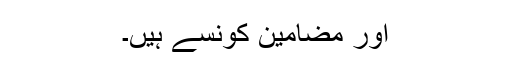
اور مضامین کونسے ہیں۔